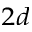
_ { 2 d }